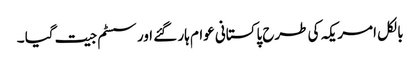
بالکل امریکہ کی طرح پاکستانی عوام ہار گئے اور سسٹم جیت گیا ۔